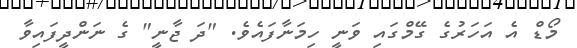
މޯޑް އެ އަހަރުގެ ގޭމްގައި ވަނީ ހިމަނާފައެވެ. "ދަ ޖާނީ" ގެ ނަންދީފައިވާ